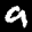
Label: 9